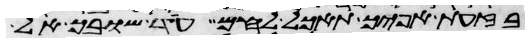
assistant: בזעת אפיך תאכל לחם עד שובך אל